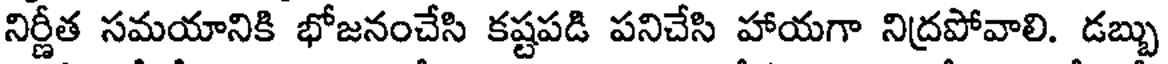
నిర్ణీత సమయానికి భోజనంచేసి కష్టపడి పనిచేసి హాయగా నిద్రపోవాలి. డబ్బు